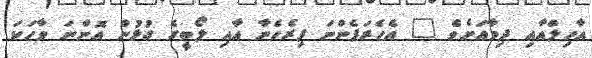
އާހިލްއާއި ދިމާއަށެވެ " އެހެރަފެންނަ ފިރެހެނާ އާއި ލޯބީގެ ގުޅުން އޮންނަ ވާހަކަ